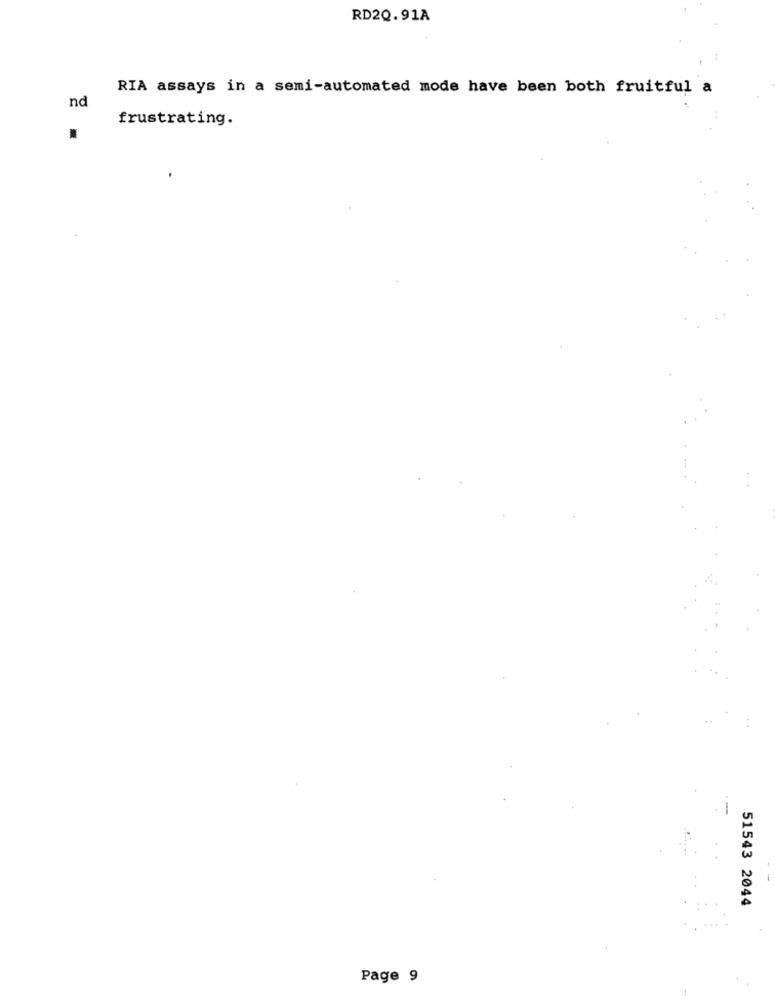
RD2Q.91A
RIA assays in a semi-automated mode have been both fruitful a
nd
frustrating.
51543 2044
Page 9